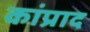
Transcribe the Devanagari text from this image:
कांप्राद